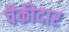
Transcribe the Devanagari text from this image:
चैकीदार